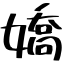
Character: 嬌